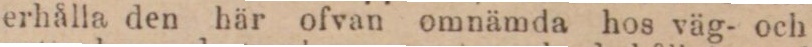
erhålla den här ofvan omnämda hos väg- och